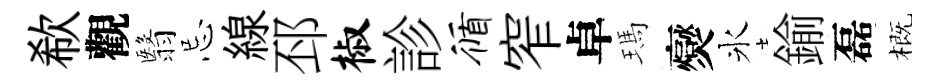
欷觀翳忌線邳椒診循窄卓瑪爕氷鍮磊概